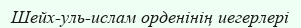
Шейх-уль-ислам орденінің иегерлері